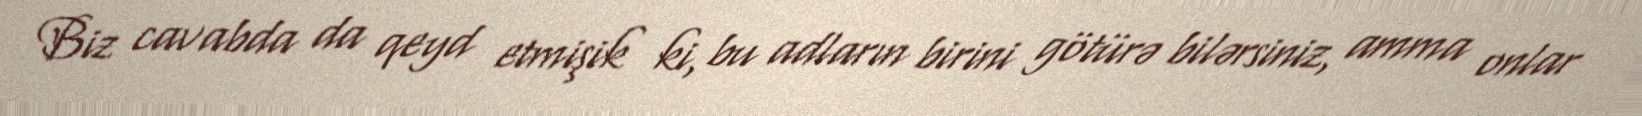
Biz cavabda da qeyd etmişik ki, bu adların birini götürə bilərsiniz, amma onlar